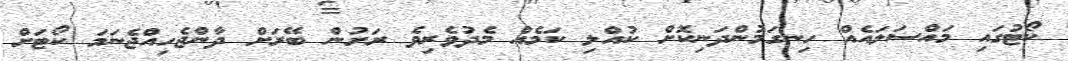
ކޯޓުގައި މައްސަލައެއް ހިނގަމުންދަނިކޮށް ކުއްލި ކަމެއް މެދުވެރިވެ ރަށުން ބޭރަށް ދާންޖެހިއްޖެނަމަ ކޯޓަށް